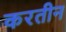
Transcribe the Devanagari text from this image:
करतीन